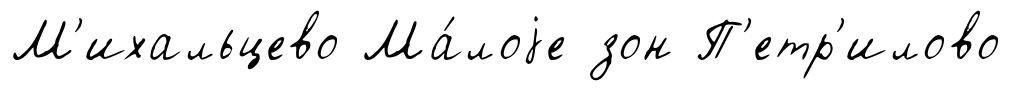
М'ихальцево Ма́лоjе зон П'етр'илово